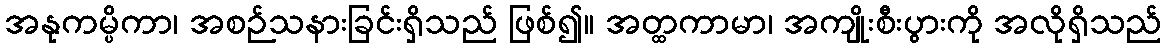
အနုကမ္ပိကာ၊ အစဉ်သနားခြင်းရှိသည် ဖြစ်၍။ အတ္ထကာမာ၊ အကျိုးစီးပွားကို အလိုရှိသည်